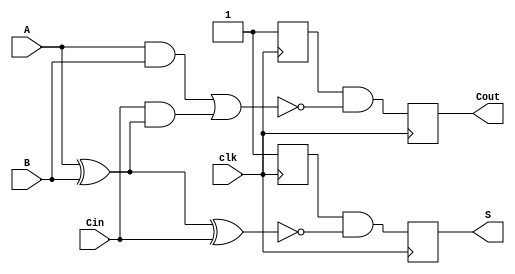
module DynamicFullAdder (
    input wire A,      // First input bit
    input wire B,      // Second input bit
    input wire Cin,    // Carry-in bit
    input wire clk,    // Clock signal
    output reg S,      // Sum output
    output reg Cout    // Carry-out output
);

    reg precharge_S;   // Precharged value for S
    reg precharge_Cout; // Precharged value for Cout

    // Precharge phase (when clk is low)
    always @(negedge clk) begin
        precharge_S <= 1'b1;    // Precharge S to 1
        precharge_Cout <= 1'b1; // Precharge Cout to 1
    end

    // Evaluation phase (when clk is high)
    always @(posedge clk) begin
        // Calculate the sum output S during evaluation
        S <= precharge_S & ~(A ^ B ^ Cin); // S = A  B  Cin
        // Calculate the carry-out output Cout during evaluation
        Cout <= precharge_Cout & ~((A & B) | (Cin & (A ^ B))); // Cout = (A  B) + (Cin  (A  B))
    end

endmodule